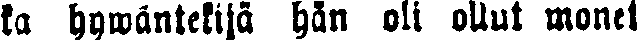
ka hywäntekijä hän oli ollut monet